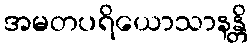
အမတပရိယောသာနန္တိ